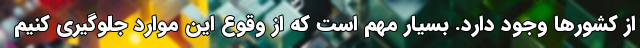
از کشورها وجود دارد. بسیار مهم است که از وقوع این موارد جلوگیری کنیم